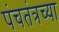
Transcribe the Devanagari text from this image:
पंचतंत्रच्या